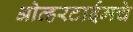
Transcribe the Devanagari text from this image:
ओव्हरटाईमचे